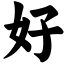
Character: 好